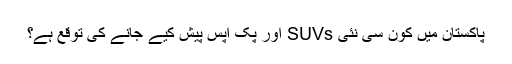
پاکستان میں کون سی نئی SUVs اور پک اپس پیش کیے جانے کی توقع ہے؟